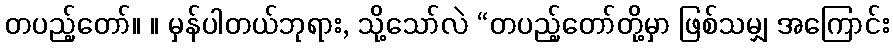
တပည့်တော်။ ။ မှန်ပါတယ်ဘုရား, သို့သော်လဲ “တပည့်တော်တို့မှာ ဖြစ်သမျှ အကြောင်း